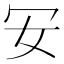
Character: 𠕷